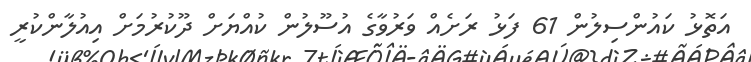
އަތޮޅު ކައުންސިލުން 61 ފަޅު ރަށެއް ވަރުވާގެ އުސޫލުން ކުއްޔަށް ދޫކުރުމަށް އިއުލާންކުރީ